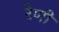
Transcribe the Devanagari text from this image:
रेणी